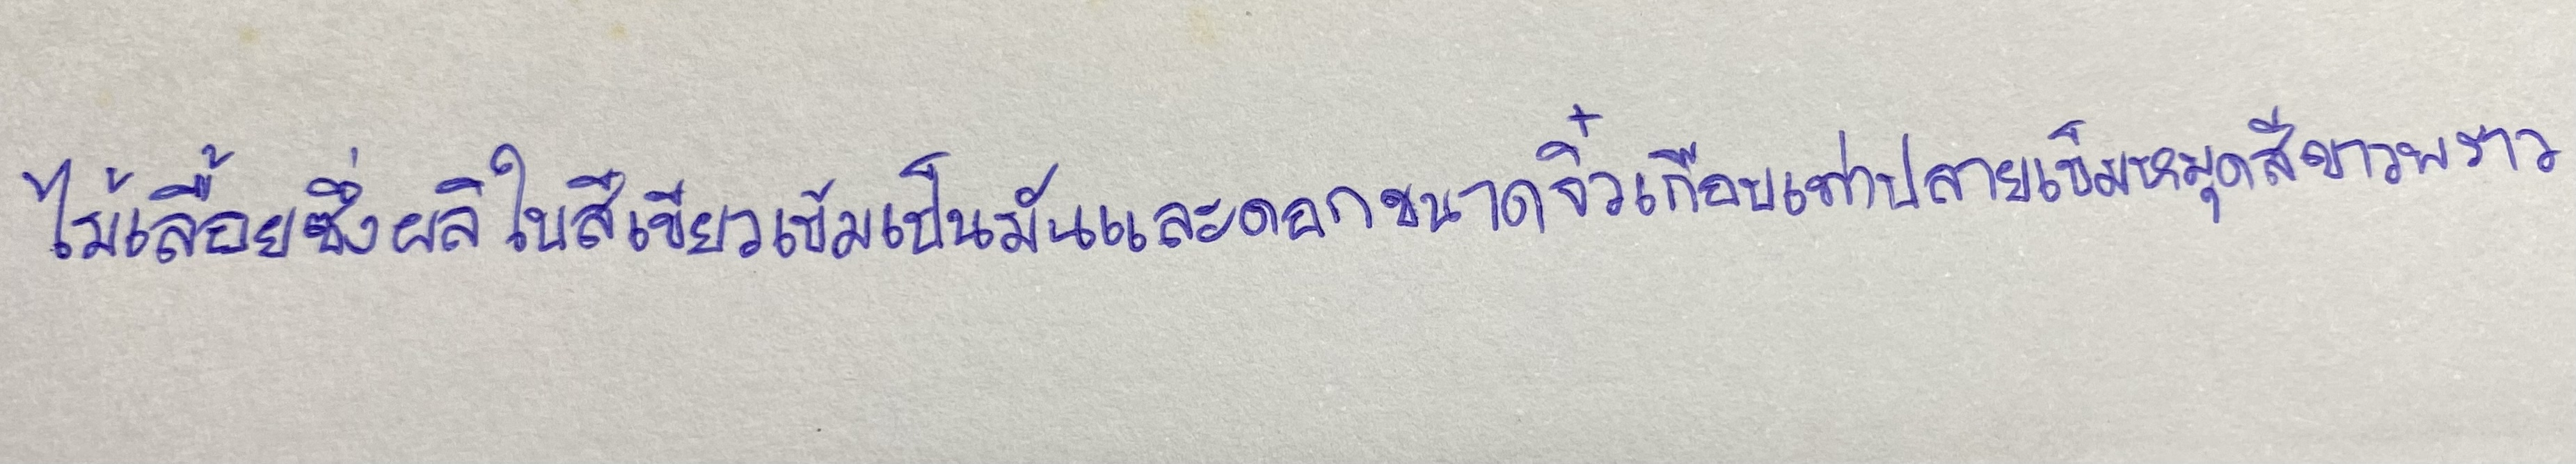
ไม้เลื้อยซึ่งผลิใบสีเขียวเข้มเป็นมันและดอกขนาดจิ๋วเกือบเท่าปลายเข็มหมุดสีขาวพราว